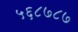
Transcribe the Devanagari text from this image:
५६८७८७